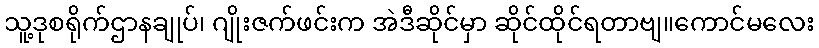
သူ့ဒုစရိုက်ဌာနချုပ်၊ ဂျိုးဇက်ဖင်းက အဲဒီဆိုင်မှာ ဆိုင်ထိုင်ရတာဗျ။ကောင်မလေး